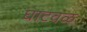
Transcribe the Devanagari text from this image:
घाटवळ